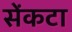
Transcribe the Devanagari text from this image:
सेंकटा